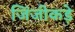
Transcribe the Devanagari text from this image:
जिंजीकड़े